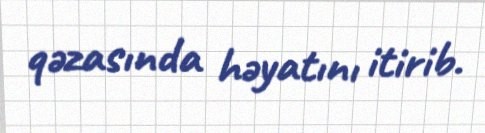
qəzasında həyatını itirib.